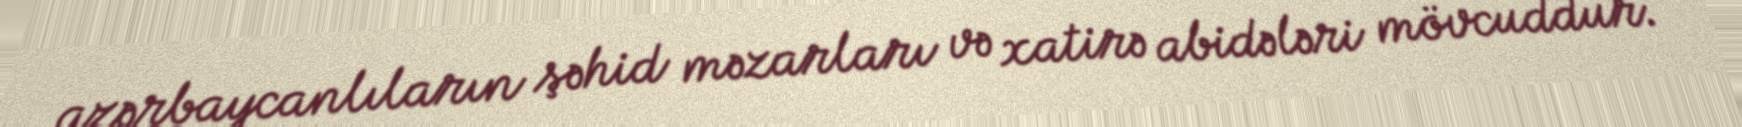
azərbaycanlıların şəhid məzarları və xatirə abidələri mövcuddur.